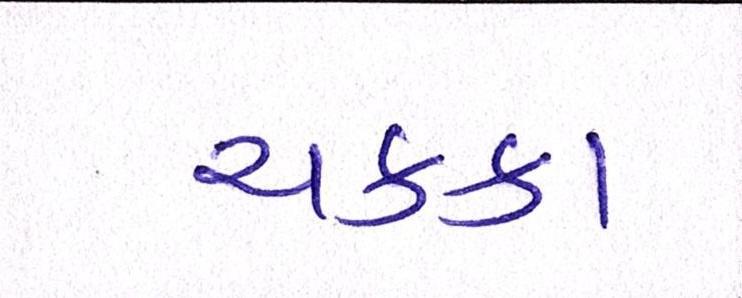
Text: ચક્કા